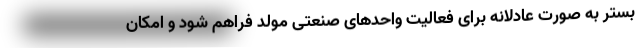
بستر به صورت عادلانه برای فعالیت واحدهای صنعتی مولد فراهم شود و امکان